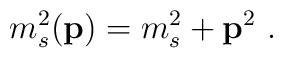
m_s^2({\bf p})=m_s^2+{\bf p}^2~.